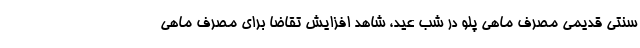
سنتی قدیمی مصرف ماهی پلو در شب عید، شاهد افزایش تقاضا برای مصرف ماهی